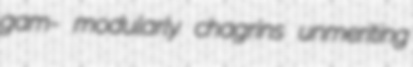
gam- modularly chagrins unmeriting